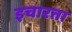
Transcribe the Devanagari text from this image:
इचारता